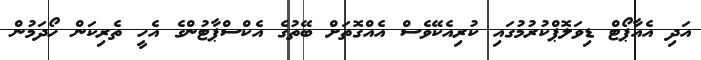
އަދި އެއާޕޯޓް ޑިވަލޮޕްކުރުމުގައި ކުރިއެކޭވެސް އެއްގޮތަށް ބޭތުގެ އެކްސްޕާޓުންގެ އެހީ ތެރިކަން ހޯދަމުން